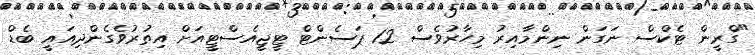
"ގްރީން ޓެކްސް ނަގަން ނިންމާއިރު މިހާރުވެސް 12 ޕަސެންޓް ޓީޖީއެސްޓީއަށް އިތުރުވެގެންދިއައީ ބެޑް